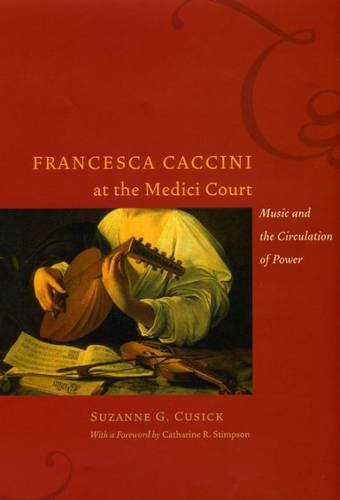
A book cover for Francesca Caccini at the Medici Court: Music and the Circulation of Power (Women in Culture and Society); Suzanne G. Cusick; Arts & Photography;